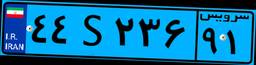
۲۶S۶۷۹۸۶